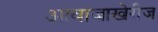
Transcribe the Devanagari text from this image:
आवाजाखेरीज